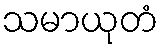
သမာယုတံ